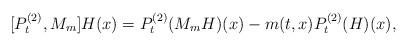
LaTeX: \begin{align*}[P_t^{(2)},M_m] H(x)=P_t^{(2)} (M_m H)(x)-m(t,x)P_t^{(2)} (H)(x),\end{align*}